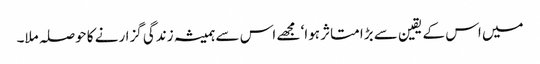
میں اس کے یقین سے بڑا متاثر ہوا‘ مجھے اس سے ہمیشہ زندگی گزارنے کا حوصلہ ملا۔